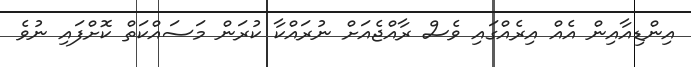
އިންޑިއާއިން އެއް އިރެއްގައި ވެސް ރާއްޖެއަށް ނުރައްކާ ކުރަން މަސައްކަތް ކޮށްފައި ނުވެ